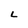
Character: L